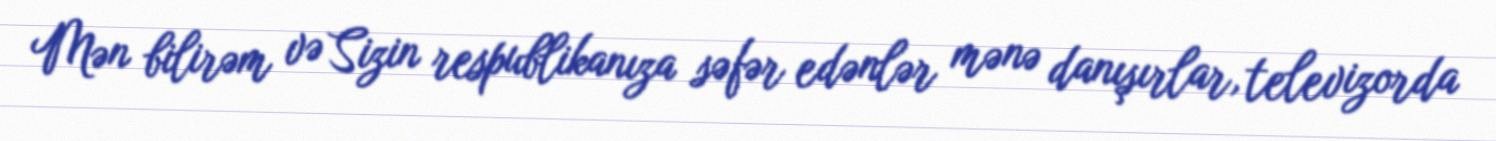
Mən bilirəm və Sizin respublikanıza səfər edənlər mənə danışırlar, televizorda